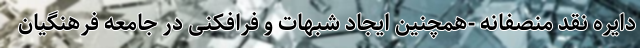
دایره نقد منصفانه -همچنین ایجاد شبهات و فرافکنی در جامعه فرهنگیان